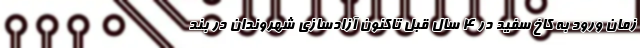
زمان ورود به کاخ سفید در 4 سال قبل تاکنون آزادسازی شهروندان در بند